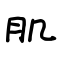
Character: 肌